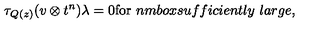
\tau _ { Q ( z ) } ( v \otimes t ^ { n } ) \lambda = 0 \mathrm { f o r } \ n m b o x { s u f f i c i e n t l y \ l a r g e } ,